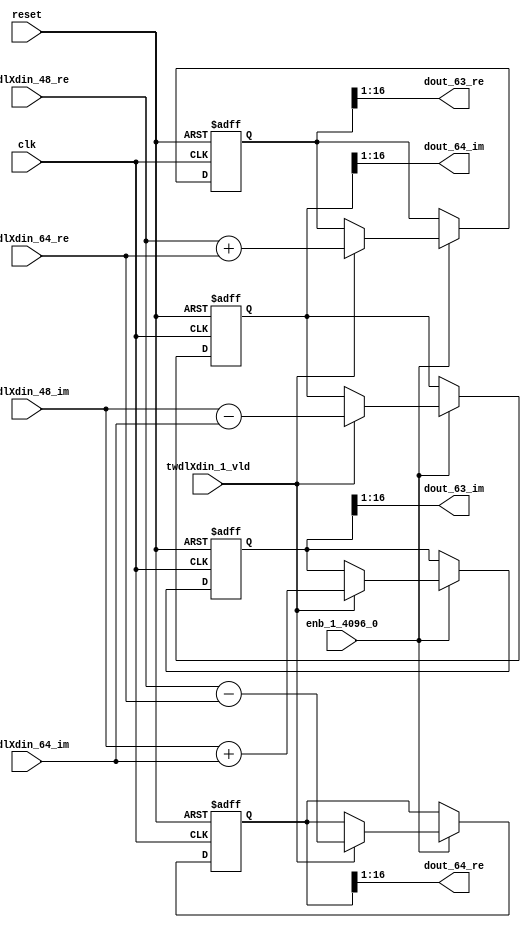
// -------------------------------------------------------------
// 
// 
// Generated by MATLAB 9.14 and HDL Coder 4.1
// 
// -------------------------------------------------------------


// -------------------------------------------------------------
// 
// Module: RADIX22FFT_SDNF1_3_block30
// Source Path: dsphdl.IFFT/RADIX22FFT_SDNF1_3
// Hierarchy Level: 4
// 
// -------------------------------------------------------------

`timescale 1 ns / 1 ns

module RADIX22FFT_SDNF1_3_block30
          (clk,
           reset,
           enb_1_4096_0,
           twdlXdin_48_re,
           twdlXdin_48_im,
           twdlXdin_64_re,
           twdlXdin_64_im,
           twdlXdin_1_vld,
           dout_63_re,
           dout_63_im,
           dout_64_re,
           dout_64_im);


  input   clk;
  input   reset;
  input   enb_1_4096_0;
  input   signed [15:0] twdlXdin_48_re;  // sfix16_En14
  input   signed [15:0] twdlXdin_48_im;  // sfix16_En14
  input   signed [15:0] twdlXdin_64_re;  // sfix16_En14
  input   signed [15:0] twdlXdin_64_im;  // sfix16_En14
  input   twdlXdin_1_vld;
  output  signed [15:0] dout_63_re;  // sfix16_En14
  output  signed [15:0] dout_63_im;  // sfix16_En14
  output  signed [15:0] dout_64_re;  // sfix16_En14
  output  signed [15:0] dout_64_im;  // sfix16_En14


  reg signed [16:0] Radix22ButterflyG1_NF_btf1_re_reg;  // sfix17
  reg signed [16:0] Radix22ButterflyG1_NF_btf1_im_reg;  // sfix17
  reg signed [16:0] Radix22ButterflyG1_NF_btf2_re_reg;  // sfix17
  reg signed [16:0] Radix22ButterflyG1_NF_btf2_im_reg;  // sfix17
  reg  Radix22ButterflyG1_NF_dinXtwdl_vld_dly1;
  reg signed [16:0] Radix22ButterflyG1_NF_btf1_re_reg_next;  // sfix17_En14
  reg signed [16:0] Radix22ButterflyG1_NF_btf1_im_reg_next;  // sfix17_En14
  reg signed [16:0] Radix22ButterflyG1_NF_btf2_re_reg_next;  // sfix17_En14
  reg signed [16:0] Radix22ButterflyG1_NF_btf2_im_reg_next;  // sfix17_En14
  reg  Radix22ButterflyG1_NF_dinXtwdl_vld_dly1_next;
  reg signed [15:0] dout_63_re_1;  // sfix16_En14
  reg signed [15:0] dout_63_im_1;  // sfix16_En14
  reg signed [15:0] dout_64_re_1;  // sfix16_En14
  reg signed [15:0] dout_64_im_1;  // sfix16_En14
  reg  dout_63_vld;
  reg signed [16:0] Radix22ButterflyG1_NF_add_cast;  // sfix17_En14
  reg signed [16:0] Radix22ButterflyG1_NF_add_cast_0;  // sfix17_En14
  reg signed [16:0] Radix22ButterflyG1_NF_sra_temp;  // sfix17_En14
  reg signed [16:0] Radix22ButterflyG1_NF_sub_cast;  // sfix17_En14
  reg signed [16:0] Radix22ButterflyG1_NF_sub_cast_0;  // sfix17_En14
  reg signed [16:0] Radix22ButterflyG1_NF_sra_temp_0;  // sfix17_En14
  reg signed [16:0] Radix22ButterflyG1_NF_add_cast_1;  // sfix17_En14
  reg signed [16:0] Radix22ButterflyG1_NF_add_cast_2;  // sfix17_En14
  reg signed [16:0] Radix22ButterflyG1_NF_sra_temp_1;  // sfix17_En14
  reg signed [16:0] Radix22ButterflyG1_NF_sub_cast_1;  // sfix17_En14
  reg signed [16:0] Radix22ButterflyG1_NF_sub_cast_2;  // sfix17_En14
  reg signed [16:0] Radix22ButterflyG1_NF_sra_temp_2;  // sfix17_En14


  // Radix22ButterflyG1_NF
  always @(posedge clk or posedge reset)
    begin : Radix22ButterflyG1_NF_process
      if (reset == 1'b1) begin
        Radix22ButterflyG1_NF_btf1_re_reg <= 17'sb00000000000000000;
        Radix22ButterflyG1_NF_btf1_im_reg <= 17'sb00000000000000000;
        Radix22ButterflyG1_NF_btf2_re_reg <= 17'sb00000000000000000;
        Radix22ButterflyG1_NF_btf2_im_reg <= 17'sb00000000000000000;
        Radix22ButterflyG1_NF_dinXtwdl_vld_dly1 <= 1'b0;
      end
      else begin
        if (enb_1_4096_0) begin
          Radix22ButterflyG1_NF_btf1_re_reg <= Radix22ButterflyG1_NF_btf1_re_reg_next;
          Radix22ButterflyG1_NF_btf1_im_reg <= Radix22ButterflyG1_NF_btf1_im_reg_next;
          Radix22ButterflyG1_NF_btf2_re_reg <= Radix22ButterflyG1_NF_btf2_re_reg_next;
          Radix22ButterflyG1_NF_btf2_im_reg <= Radix22ButterflyG1_NF_btf2_im_reg_next;
          Radix22ButterflyG1_NF_dinXtwdl_vld_dly1 <= Radix22ButterflyG1_NF_dinXtwdl_vld_dly1_next;
        end
      end
    end

  always @(Radix22ButterflyG1_NF_btf1_im_reg, Radix22ButterflyG1_NF_btf1_re_reg,
       Radix22ButterflyG1_NF_btf2_im_reg, Radix22ButterflyG1_NF_btf2_re_reg,
       Radix22ButterflyG1_NF_dinXtwdl_vld_dly1, twdlXdin_1_vld, twdlXdin_48_im,
       twdlXdin_48_re, twdlXdin_64_im, twdlXdin_64_re) begin
    Radix22ButterflyG1_NF_add_cast = 17'sb00000000000000000;
    Radix22ButterflyG1_NF_add_cast_0 = 17'sb00000000000000000;
    Radix22ButterflyG1_NF_sub_cast = 17'sb00000000000000000;
    Radix22ButterflyG1_NF_sub_cast_0 = 17'sb00000000000000000;
    Radix22ButterflyG1_NF_add_cast_1 = 17'sb00000000000000000;
    Radix22ButterflyG1_NF_add_cast_2 = 17'sb00000000000000000;
    Radix22ButterflyG1_NF_sub_cast_1 = 17'sb00000000000000000;
    Radix22ButterflyG1_NF_sub_cast_2 = 17'sb00000000000000000;
    Radix22ButterflyG1_NF_btf1_re_reg_next = Radix22ButterflyG1_NF_btf1_re_reg;
    Radix22ButterflyG1_NF_btf1_im_reg_next = Radix22ButterflyG1_NF_btf1_im_reg;
    Radix22ButterflyG1_NF_btf2_re_reg_next = Radix22ButterflyG1_NF_btf2_re_reg;
    Radix22ButterflyG1_NF_btf2_im_reg_next = Radix22ButterflyG1_NF_btf2_im_reg;
    Radix22ButterflyG1_NF_dinXtwdl_vld_dly1_next = twdlXdin_1_vld;
    if (twdlXdin_1_vld) begin
      Radix22ButterflyG1_NF_add_cast = {twdlXdin_48_re[15], twdlXdin_48_re};
      Radix22ButterflyG1_NF_add_cast_0 = {twdlXdin_64_re[15], twdlXdin_64_re};
      Radix22ButterflyG1_NF_btf1_re_reg_next = Radix22ButterflyG1_NF_add_cast + Radix22ButterflyG1_NF_add_cast_0;
      Radix22ButterflyG1_NF_sub_cast = {twdlXdin_48_re[15], twdlXdin_48_re};
      Radix22ButterflyG1_NF_sub_cast_0 = {twdlXdin_64_re[15], twdlXdin_64_re};
      Radix22ButterflyG1_NF_btf2_re_reg_next = Radix22ButterflyG1_NF_sub_cast - Radix22ButterflyG1_NF_sub_cast_0;
      Radix22ButterflyG1_NF_add_cast_1 = {twdlXdin_48_im[15], twdlXdin_48_im};
      Radix22ButterflyG1_NF_add_cast_2 = {twdlXdin_64_im[15], twdlXdin_64_im};
      Radix22ButterflyG1_NF_btf1_im_reg_next = Radix22ButterflyG1_NF_add_cast_1 + Radix22ButterflyG1_NF_add_cast_2;
      Radix22ButterflyG1_NF_sub_cast_1 = {twdlXdin_48_im[15], twdlXdin_48_im};
      Radix22ButterflyG1_NF_sub_cast_2 = {twdlXdin_64_im[15], twdlXdin_64_im};
      Radix22ButterflyG1_NF_btf2_im_reg_next = Radix22ButterflyG1_NF_sub_cast_1 - Radix22ButterflyG1_NF_sub_cast_2;
    end
    Radix22ButterflyG1_NF_sra_temp = Radix22ButterflyG1_NF_btf1_re_reg >>> 8'd1;
    dout_63_re_1 = Radix22ButterflyG1_NF_sra_temp[15:0];
    Radix22ButterflyG1_NF_sra_temp_0 = Radix22ButterflyG1_NF_btf1_im_reg >>> 8'd1;
    dout_63_im_1 = Radix22ButterflyG1_NF_sra_temp_0[15:0];
    Radix22ButterflyG1_NF_sra_temp_1 = Radix22ButterflyG1_NF_btf2_re_reg >>> 8'd1;
    dout_64_re_1 = Radix22ButterflyG1_NF_sra_temp_1[15:0];
    Radix22ButterflyG1_NF_sra_temp_2 = Radix22ButterflyG1_NF_btf2_im_reg >>> 8'd1;
    dout_64_im_1 = Radix22ButterflyG1_NF_sra_temp_2[15:0];
    dout_63_vld = Radix22ButterflyG1_NF_dinXtwdl_vld_dly1;
  end



  assign dout_63_re = dout_63_re_1;

  assign dout_63_im = dout_63_im_1;

  assign dout_64_re = dout_64_re_1;

  assign dout_64_im = dout_64_im_1;

endmodule  // RADIX22FFT_SDNF1_3_block30